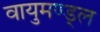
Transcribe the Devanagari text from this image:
वायुमण्ड्ल